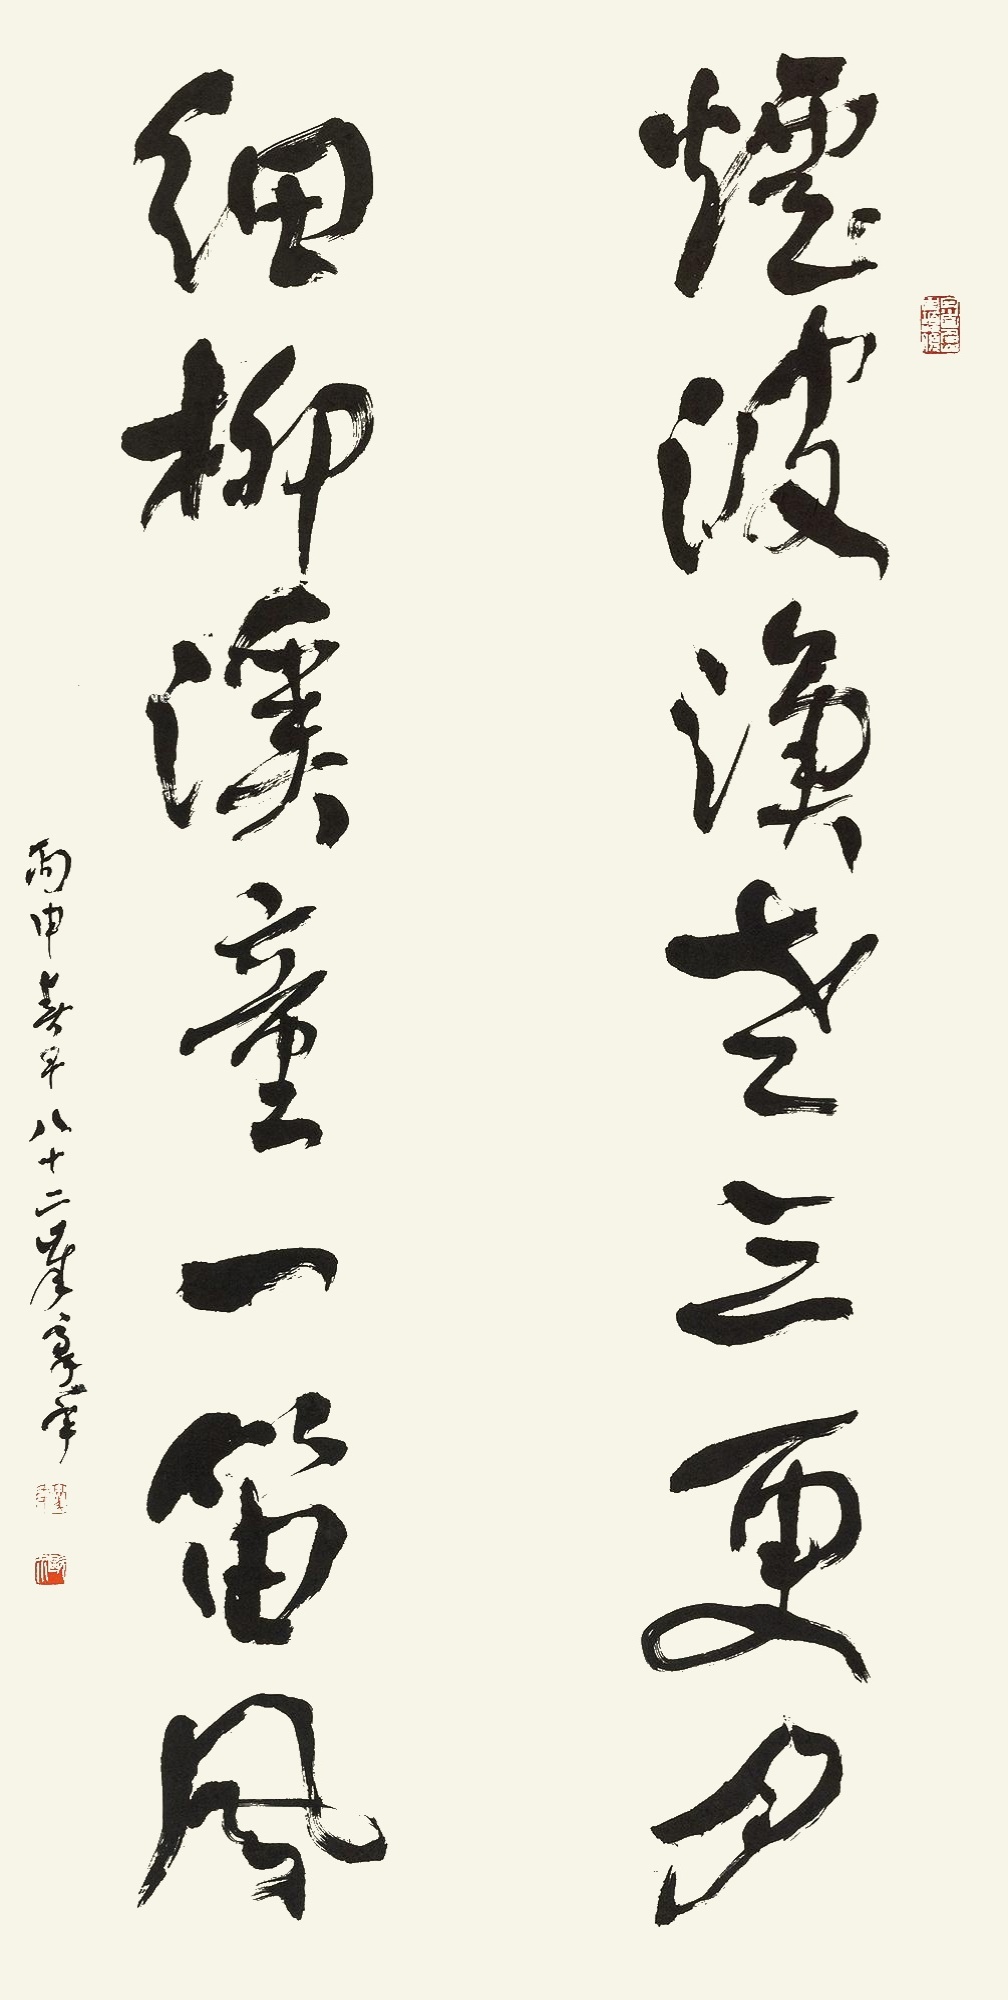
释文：烟波渔老三更月，细柳溪童一笛风。丙申春早，八十二岁豪年。